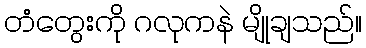
တံတွေးကို ဂလုကနဲ မျိုချသည်။